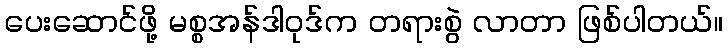
ပေးဆောင်ဖို့ မစ္စအန်ဒါဝုဒ်က တရားစွဲ လာတာ ဖြစ်ပါတယ်။